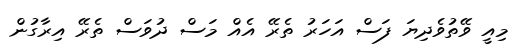
މިއީ ވޭތުވެދިޔަ ފަސް އަހަރު ތެރޭ އެއް މަސް ދުވަސް ތެރޭ އިރާގުން